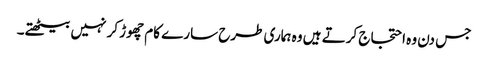
جس دن وہ احتجاج کرتے ہیں وہ ہماری طرح سارے کام چھوڑ کر نہیں بیٹھتے۔